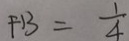
F B = \frac { 1 } { 4 }